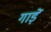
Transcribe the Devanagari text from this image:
गाड़ें